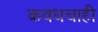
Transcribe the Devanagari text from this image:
कवधचाही